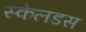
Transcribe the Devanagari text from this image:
स्केलडस